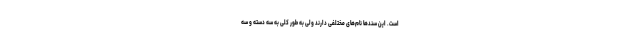
است. این سندها نام‌های مختلفی دارند ولی به طور کلی به سه دسته و سه